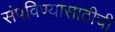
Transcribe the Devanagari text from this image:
संपविण्यासाठीची